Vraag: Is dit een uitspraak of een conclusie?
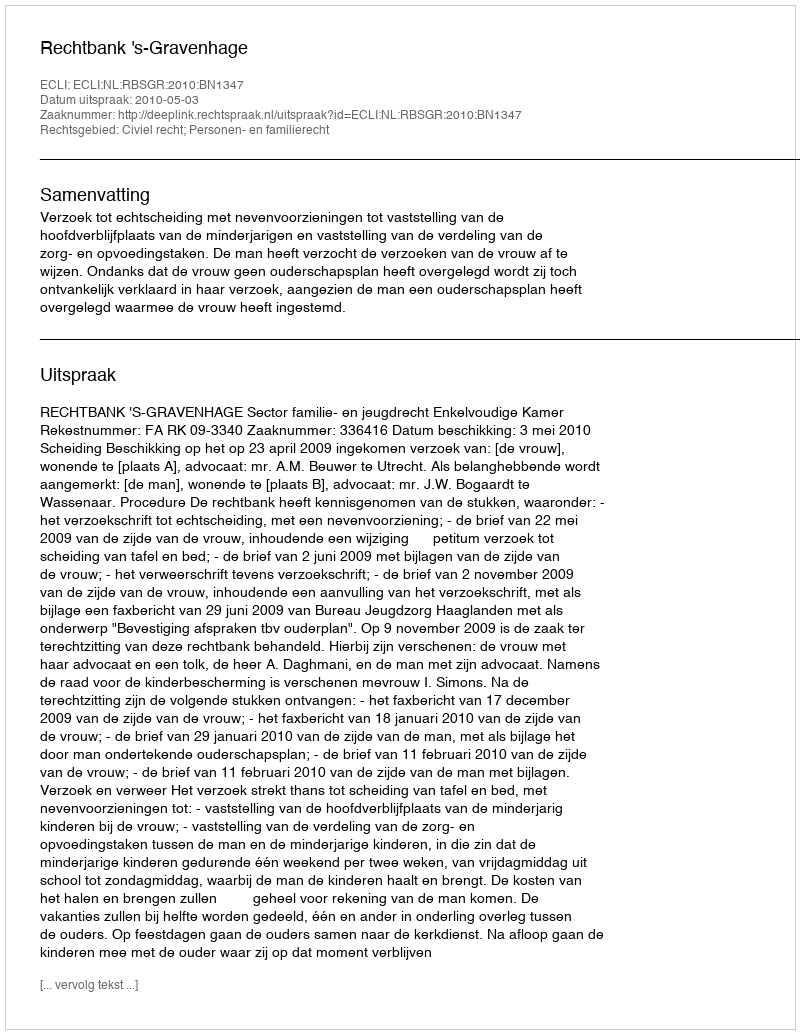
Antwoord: Uitspraak